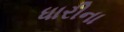
ધારીના